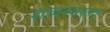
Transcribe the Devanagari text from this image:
शब्दस्वरूप